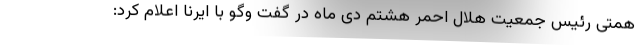
همتی رئیس جمعیت هلال احمر هشتم دی ماه در گفت وگو با ایرنا اعلام کرد: